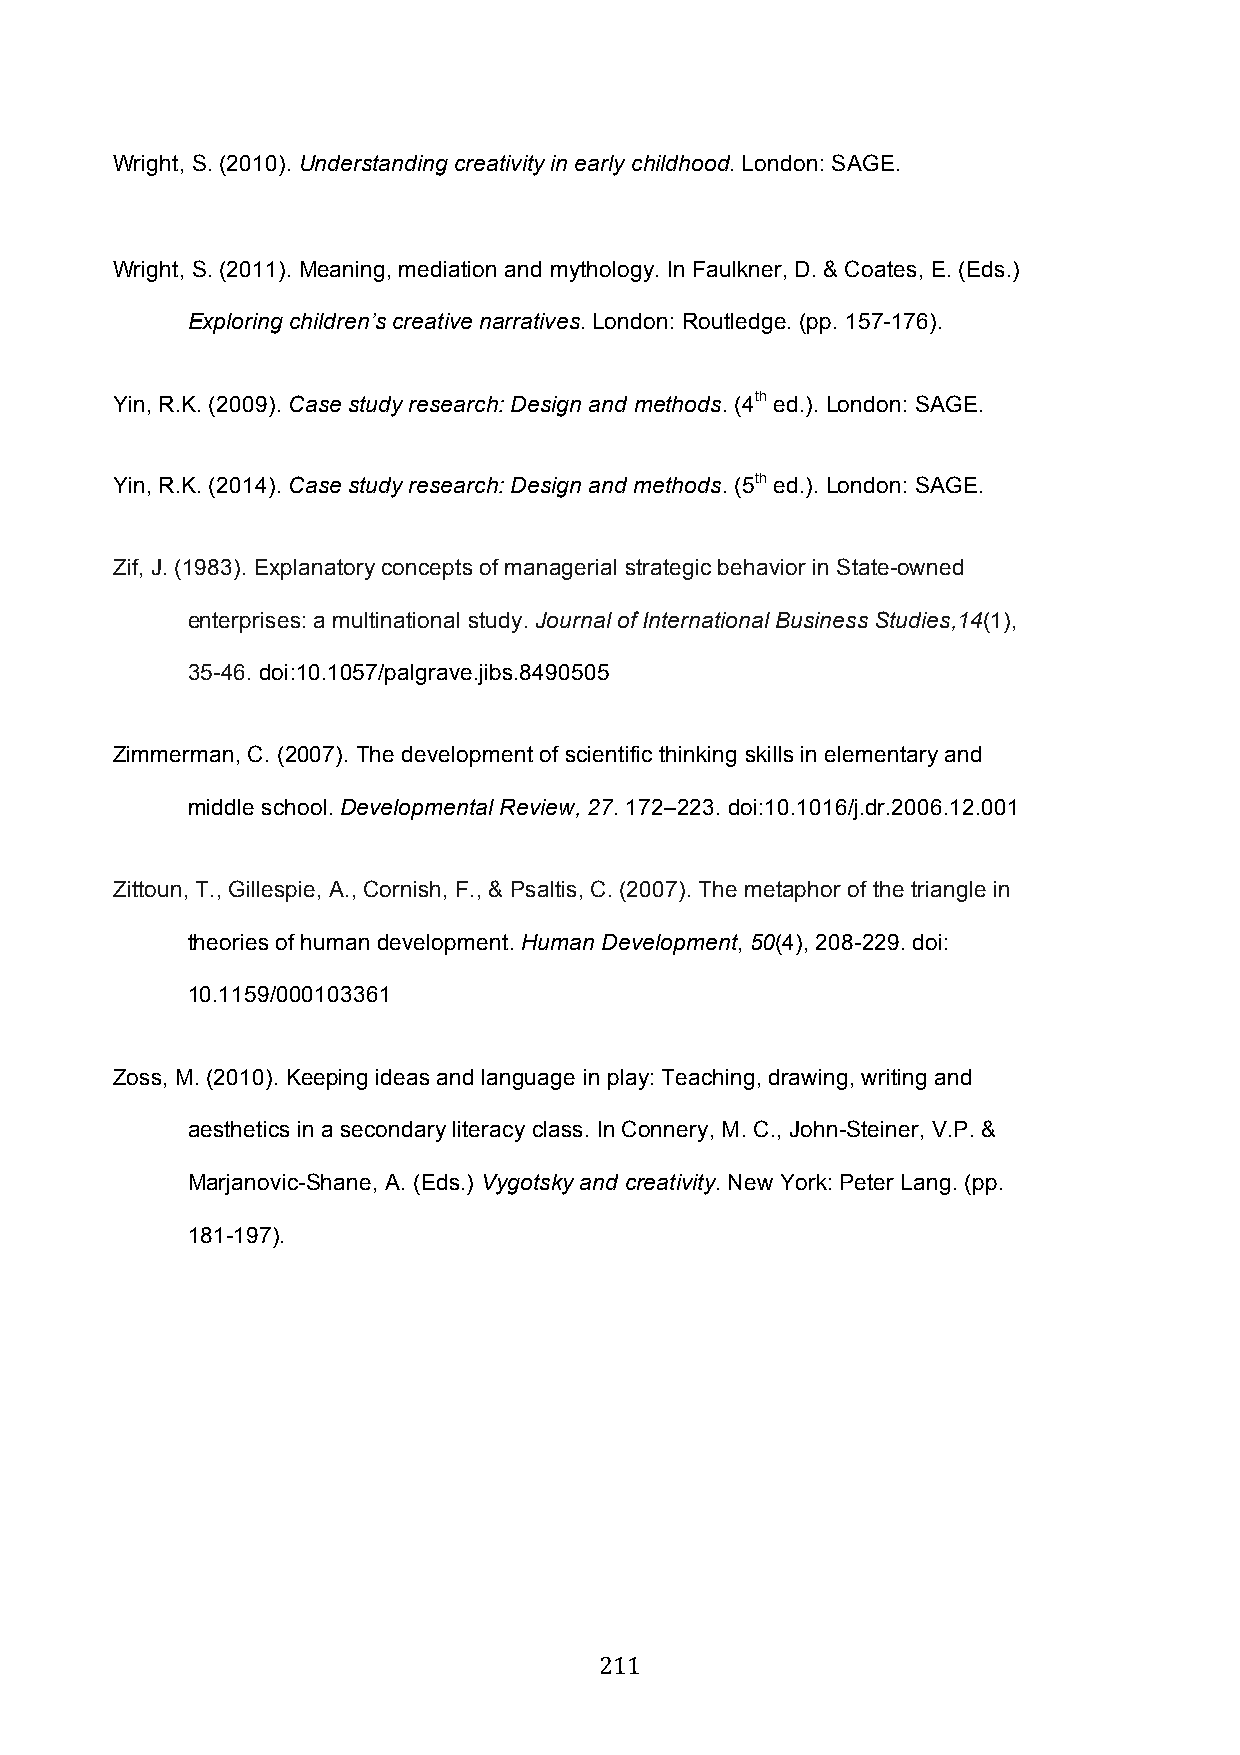
Wright, S. (2010). Understanding creativity in early childhood. London: SAGE.
 Wright, S. (2011). Meaning, mediation and mythology. In Faulkner, D. & Coates, E. (Eds.)
 Exploring children’s creative narratives. London: Routledge. (pp. 157-176).
 Yin, R.K. (2009). Case study research: Design and methods. (4th ed.). London: SAGE.
 Yin, R.K. (2014). Case study research: Design and methods. (5th ed.). London: SAGE.
 Zif, J. (1983). Explanatory concepts of managerial strategic behavior in State-owned
 enterprises: a multinational study. Journal of International Business Studies,14(1),
 35-46. doi:10.1057/palgrave.jibs.8490505
 Zimmerman, C. (2007). The development of scientific thinking skills in elementary and
 middle school. Developmental Review, 27. 172–223. doi:10.1016/j.dr.2006.12.001
 Zittoun, T., Gillespie, A., Cornish, F., & Psaltis, C. (2007). The metaphor of the triangle in
 theories of human development. Human Development, 50(4), 208-229. doi:
 10.1159/000103361
 Zoss, M. (2010). Keeping ideas and language in play: Teaching, drawing, writing and
 aesthetics in a secondary literacy class. In Connery, M. C., John-Steiner, V.P. &
 Marjanovic-Shane, A. (Eds.) Vygotsky and creativity. New York: Peter Lang. (pp.
 181-197).
 211